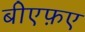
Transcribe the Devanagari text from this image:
बीएफ़ए